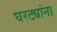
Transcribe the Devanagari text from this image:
घरट्यांना